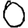
Digit: 0